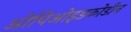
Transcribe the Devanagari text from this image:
ओपिओइडकोडीन